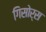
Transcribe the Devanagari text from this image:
गिसोर्स